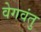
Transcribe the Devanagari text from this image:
वेगवंतु